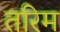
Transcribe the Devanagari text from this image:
तरिम